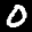
Label: 0